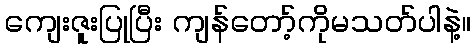
ကျေးဇူးပြုပြီး ကျန်တော့်ကိုမသတ်ပါနဲ့။